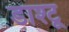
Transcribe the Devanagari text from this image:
डाश्टू